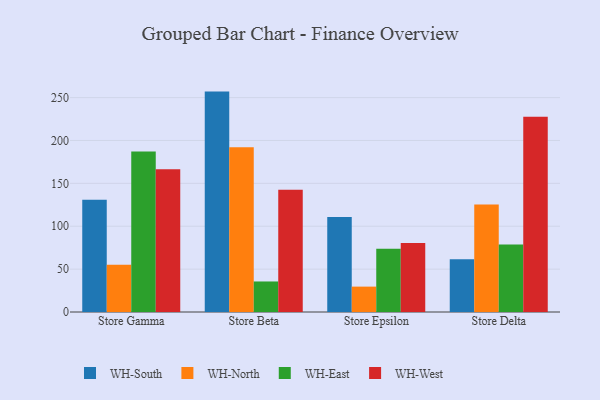
{"axis": {"x": "Store", "y": "Bounce Rate (%)"}, "legend": ["WH-East", "WH-North", "WH-South", "WH-West"], "data": [{"x": "Store Gamma", "y": 130.9, "type": "WH-South"}, {"x": "Store Gamma", "y": 55.1, "type": "WH-North"}, {"x": "Store Gamma", "y": 187.2, "type": "WH-East"}, {"x": "Store Gamma", "y": 166.5, "type": "WH-West"}, {"x": "Store Beta", "y": 257.0, "type": "WH-South"}, {"x": "Store Beta", "y": 192.1, "type": "WH-North"}, {"x": "Store Beta", "y": 35.6, "type": "WH-East"}, {"x": "Store Beta", "y": 142.5, "type": "WH-West"}, {"x": "Store Epsilon", "y": 110.8, "type": "WH-South"}, {"x": "Store Epsilon", "y": 29.6, "type": "WH-North"}, {"x": "Store Epsilon", "y": 73.8, "type": "WH-East"}, {"x": "Store Epsilon", "y": 80.6, "type": "WH-West"}, {"x": "Store Delta", "y": 61.5, "type": "WH-South"}, {"x": "Store Delta", "y": 125.3, "type": "WH-North"}, {"x": "Store Delta", "y": 78.7, "type": "WH-East"}, {"x": "Store Delta", "y": 227.8, "type": "WH-West"}]}